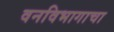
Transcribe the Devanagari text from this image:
वनविभागाचा